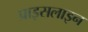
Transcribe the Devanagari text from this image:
प्राइसलाइन